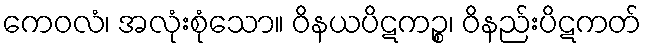
ကေဝလံ၊ အလုံးစုံသော။ ဝိနယပိဋကဉ္စ၊ ဝိနည်းပိဋကတ်